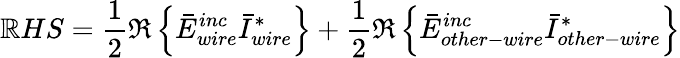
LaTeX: \mathbb{R}HS=\frac{{1}}{{2}}\Re\left\{ \bar{{E}}_{wire}^{inc}\bar{{I}}_{wire}^{*}\right\} +\frac{{1}}{{2}}\Re\left\{ \bar{{E}}_{other-wire}^{inc}\bar{{I}}_{other-wire}^{*}\right\}